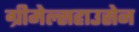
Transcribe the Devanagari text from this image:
ग्रीमेल्सहाउसेन